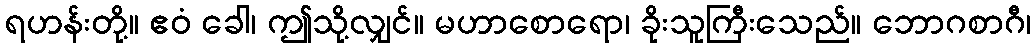
ရဟန်းတို့။ ဧဝံ ခေါ၊ ဤသို့လျှင်။ မဟာစောရော၊ ခိုးသူကြီးသေည်။ ဘောဂစာဂီ၊